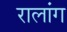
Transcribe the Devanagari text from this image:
रालांग